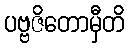
ပဗ္ဗဇိတောမှီတိ